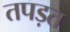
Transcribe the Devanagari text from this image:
तपड़त